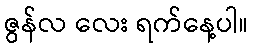
ဇွန်လ လေး ရက်နေ့ပါ။